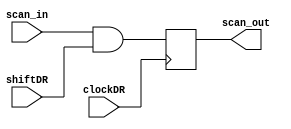
module  Bypass_Register(scan_out, scan_in, shiftDR, clockDR);
  output 	scan_out;
  input 		scan_in, shiftDR, clockDR;
  reg 		scan_out;

  always @ (posedge clockDR) scan_out <= scan_in & shiftDR;

endmodule